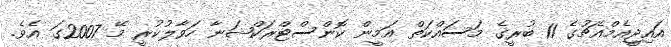
އައިޖީއެމްއެޗުގެ 11 ބުރީގެ މަސައްކަތް އަމީން ކޮންސްޓްރަކްޝަނާ ހަވާލުކުރީ މޭ 2007ގަ އެވެ.